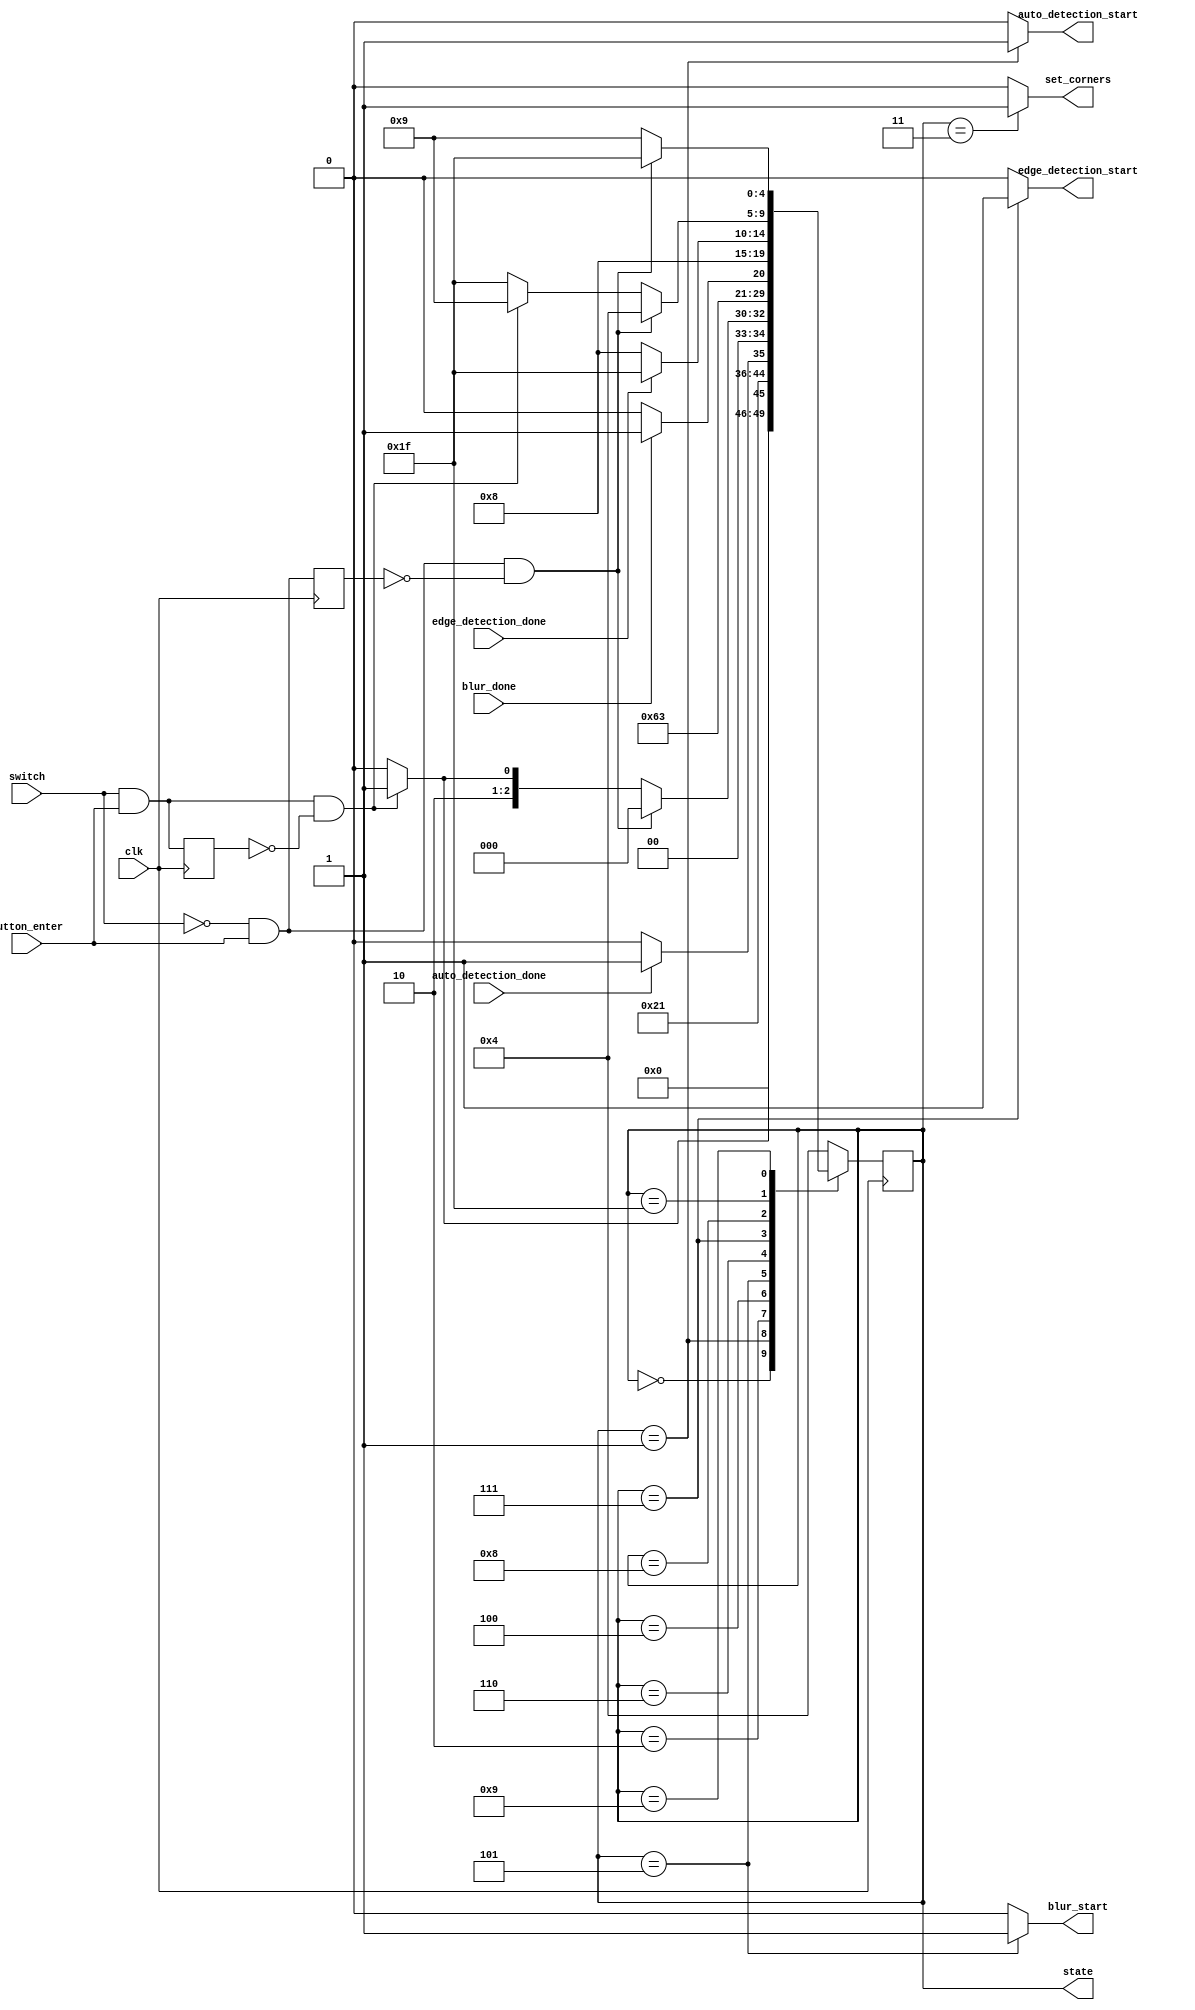
`timescale 1ns / 1ps
//////////////////////////////////////////////////////////////////////////////////
// Company: 
// Engineer: 
// 
// Design Name: 
// Module Name:    main_fsm 
// Project Name: 
// Target Devices: 
// Tool versions: 
// Description: 
//
// Dependencies: 
//
// Revision: 
// Revision 0.01 - File Created
// Additional Comments: 
//
//////////////////////////////////////////////////////////////////////////////////
module main_fsm(
	 input clk,
    input button_enter,
	 input switch,
	 input auto_detection_done,
	 input blur_done,
	 input edge_detection_done,
    output reg [4:0] state,
	 output auto_detection_start,
	 output set_corners,
	 output blur_start,
	 output edge_detection_start
    );
	
	initial begin
		state = 0;
	end
	
	  parameter VIEW_FINDER = 5'b00000;
	  parameter AUTO_DETECTION_START = 5'b00001;
	  parameter AUTO_DETECTION_WAIT = 5'b00010;
	  parameter MANUAL_DETECTION_START = 5'b00011;
	  parameter MANUAL_DETECTION_WAIT = 5'b00100;
	  parameter BLUR_START = 5'b00101;
	  parameter BLUR_WAIT = 5'b00110;
	  parameter EDGE_DETECTION_START = 5'b00111;
	  parameter EDGE_DETECTION_WAIT = 5'b01000;
	  parameter SHOW_BRAM = 5'b01001;
	  parameter SHOW_TRANSFORMED = 5'b11111;

	//if we are in the AUTO_DETECTION_START state then 
	assign auto_detection_start = (state == AUTO_DETECTION_START ? 1 : 0);
	//if we are in the MANUAL_DETECTION_START state then
	assign set_corners = (state == MANUAL_DETECTION_START ? 1 : 0);
	//if we are in the BLUR_START state then
	assign blur_start = (state == BLUR_START ? 1 : 0);
		//if we are in the EDGE_DETECTION_START state then
	assign edge_detection_start = (state == EDGE_DETECTION_START ? 1 : 0);
	
	//select if the enter button goes forwards or backwards
	wire forwards_edge, backwards_edge, forwards, backwards;
	reg old_forwards, old_backwards;
	assign forwards = switch & button_enter;
	assign backwards = ~switch & button_enter;
	assign forwards_edge = forwards & ~old_forwards;
	assign backwards_edge = backwards & ~old_backwards;
	reg [4:0] next_state;
	always @(*) begin
		case(state)
			VIEW_FINDER: next_state = forwards_edge ? AUTO_DETECTION_START : VIEW_FINDER;
			AUTO_DETECTION_START: next_state = AUTO_DETECTION_WAIT;
			AUTO_DETECTION_WAIT: next_state = auto_detection_done ? MANUAL_DETECTION_START : AUTO_DETECTION_WAIT;
			MANUAL_DETECTION_START: next_state = MANUAL_DETECTION_WAIT;
			MANUAL_DETECTION_WAIT: next_state = backwards_edge ? VIEW_FINDER : forwards_edge ? BLUR_START : MANUAL_DETECTION_WAIT;
			BLUR_START: next_state = BLUR_WAIT;
			BLUR_WAIT: next_state = blur_done ? EDGE_DETECTION_START : BLUR_WAIT;
			EDGE_DETECTION_START: next_state = EDGE_DETECTION_WAIT;
			EDGE_DETECTION_WAIT: next_state = edge_detection_done ? SHOW_TRANSFORMED : EDGE_DETECTION_WAIT;
			SHOW_TRANSFORMED: next_state = backwards_edge ? MANUAL_DETECTION_WAIT : forwards_edge ? SHOW_BRAM : SHOW_TRANSFORMED;
			SHOW_BRAM: next_state = backwards_edge ? SHOW_TRANSFORMED : SHOW_BRAM;
			default: next_state = MANUAL_DETECTION_WAIT;
		endcase
	end
	
	always @(posedge clk) begin
		old_forwards <= forwards;
		old_backwards <= backwards;
		state <= next_state;
	end

endmodule